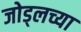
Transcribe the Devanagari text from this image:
जोड्लच्या